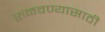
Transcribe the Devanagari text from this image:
रुळवण्यासाठी